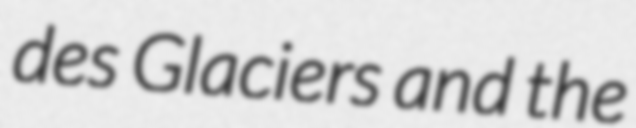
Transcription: des Glaciers and the